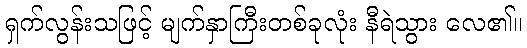
ရှက်လွန်းသဖြင့် မျက်နှာကြီးတစ်ခုလုံး နီရဲသွား လေ၏။